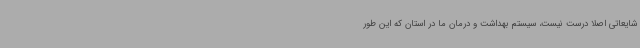
شایعاتی اصلا درست نیست، سیستم بهداشت و درمان ما در استان که این طور